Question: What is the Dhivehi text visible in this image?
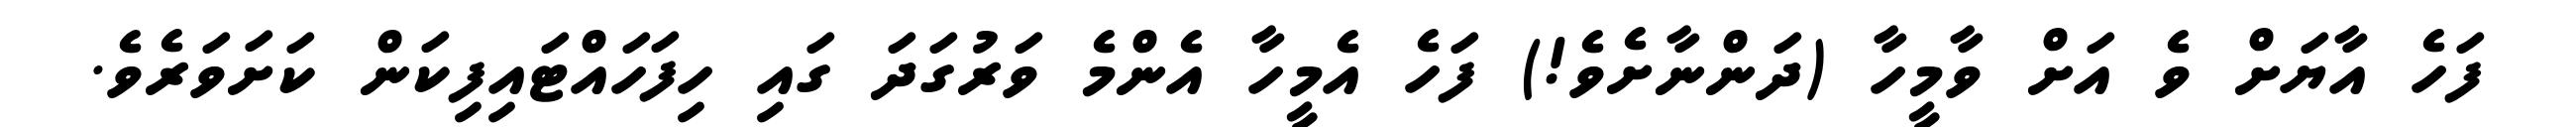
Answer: ފަހެ އާޔަށް ވެ އަށް ވާމީހާ (ދަންނާށެވެ!) ފަހެ އެމީހާ އެންމެ ވަރުގަދަ ގައި ހިފަހައްޓައިފިކަން ކަށަވަރެވެ.